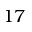
1 7